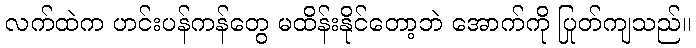
လက်ထဲက ဟင်းပန်ကန်တွေ မထိန်းနိုင်တော့ဘဲ အောက်ကို ပြုတ်ကျသည်။